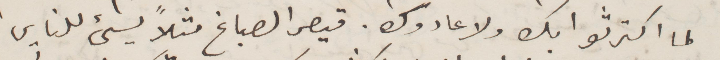
لما اكترثوا بك ولا عادوك. قيصر الصباغ بسيء للناس